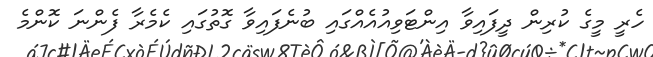
ހެރީ މީގެ ކުރިން ދީފައިވާ އިންޓަވިއުއެއްގައި ބުނެފައިވާ ގޮތުގައި ކެމެރާ ފެންނަ ކޮންމެ